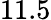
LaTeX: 11.5